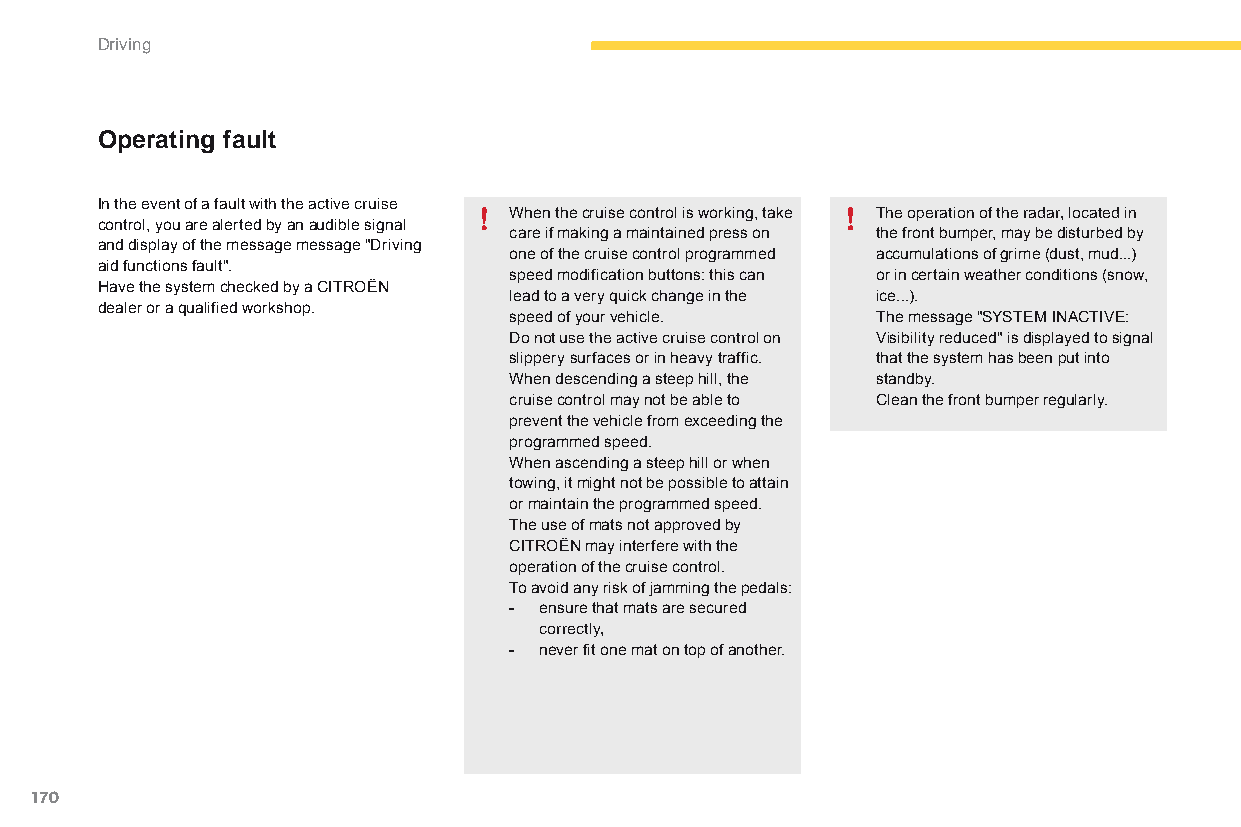
Driving
 Operating fault
 In the event of a fault with the active cruise
 When the cruise control is working, take The operation of the radar, located in
 control, you are alerted by an audible signal
 care if making a maintained press on the front bumper, may be disturbed by
 and display of the message message "Driving
 one of the cruise control programmed accumulations of grime (dust, mud...)
 aid functions fault".
 speed modification buttons: this can or in certain weather conditions (snow,
 Have the system checked by a CITROËN
 lead to a very quick change in the ice...).
 dealer or a qualified workshop.
 speed of your vehicle.  The message "SYSTEM INACTIVE:
 do not use the active cruise control on Visibility reduced" is displayed to signal
 slippery surfaces or in heavy traffic. that the system has been put into
 When descending a steep hill, the standby.
 cruise control may not be able to Clean the front bumper regularly.
 prevent the vehicle from exceeding the
 programmed speed.
 When ascending a steep hill or when
 towing, it might not be possible to attain
 or maintain the programmed speed.
 The use of mats not approved by
 CITROËN may interfere with the
 operation of the cruise control.
 To avoid any risk of jamming the pedals:
 - ensure that mats are secured
 correctly,
 - never fit one mat on top of another.
 170
 C4-Picasso-II_en_Chap04_conduite_ed01-2015